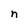
Character: n